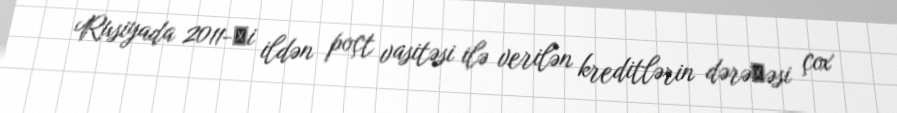
Rusiyada 2011-сi ildən poçt vasitəsi ilə verilən kreditlərin dərəсəsi çox